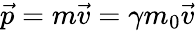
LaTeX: {\vec{p}}=m{\vec{v}}=\gamma m_{0}{\vec{v}}